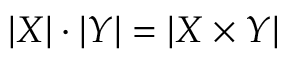
| X | \cdot | Y | = | X \times Y |